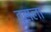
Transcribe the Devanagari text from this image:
तुसला